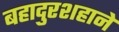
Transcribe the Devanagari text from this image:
बहादुरशहाने